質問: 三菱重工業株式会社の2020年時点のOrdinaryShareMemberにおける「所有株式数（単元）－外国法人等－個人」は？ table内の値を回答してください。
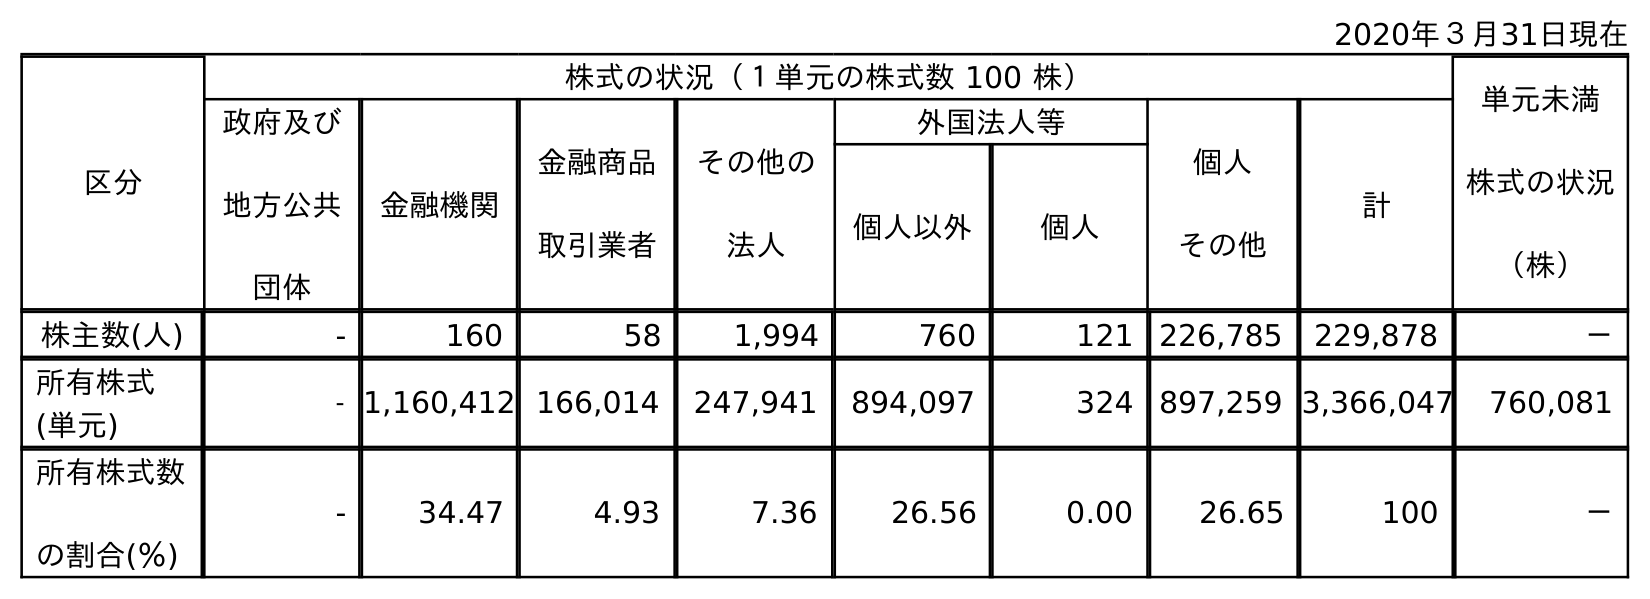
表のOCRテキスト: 2020年３月31日現在 区分 株式の状況（１単元の株式数 100 株） 単元未満 株式の状況 （株） 政府及び 地方公共 団体 金融機関 金融商品 取引業者 その他の 法人 外国法人等 個人 その他 計 個人以外 個人 株主数(人) - 160 58 1,994 760 121 226,785 229,878 － 所有株式 (単元) - 1,160,412 166,014 247,941 894,097 324 897,259 3,366,047 760,081 所有株式数 の割合(％) - 34.47 4.93 7.36 26.56 0.00 26.65 100 －
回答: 324